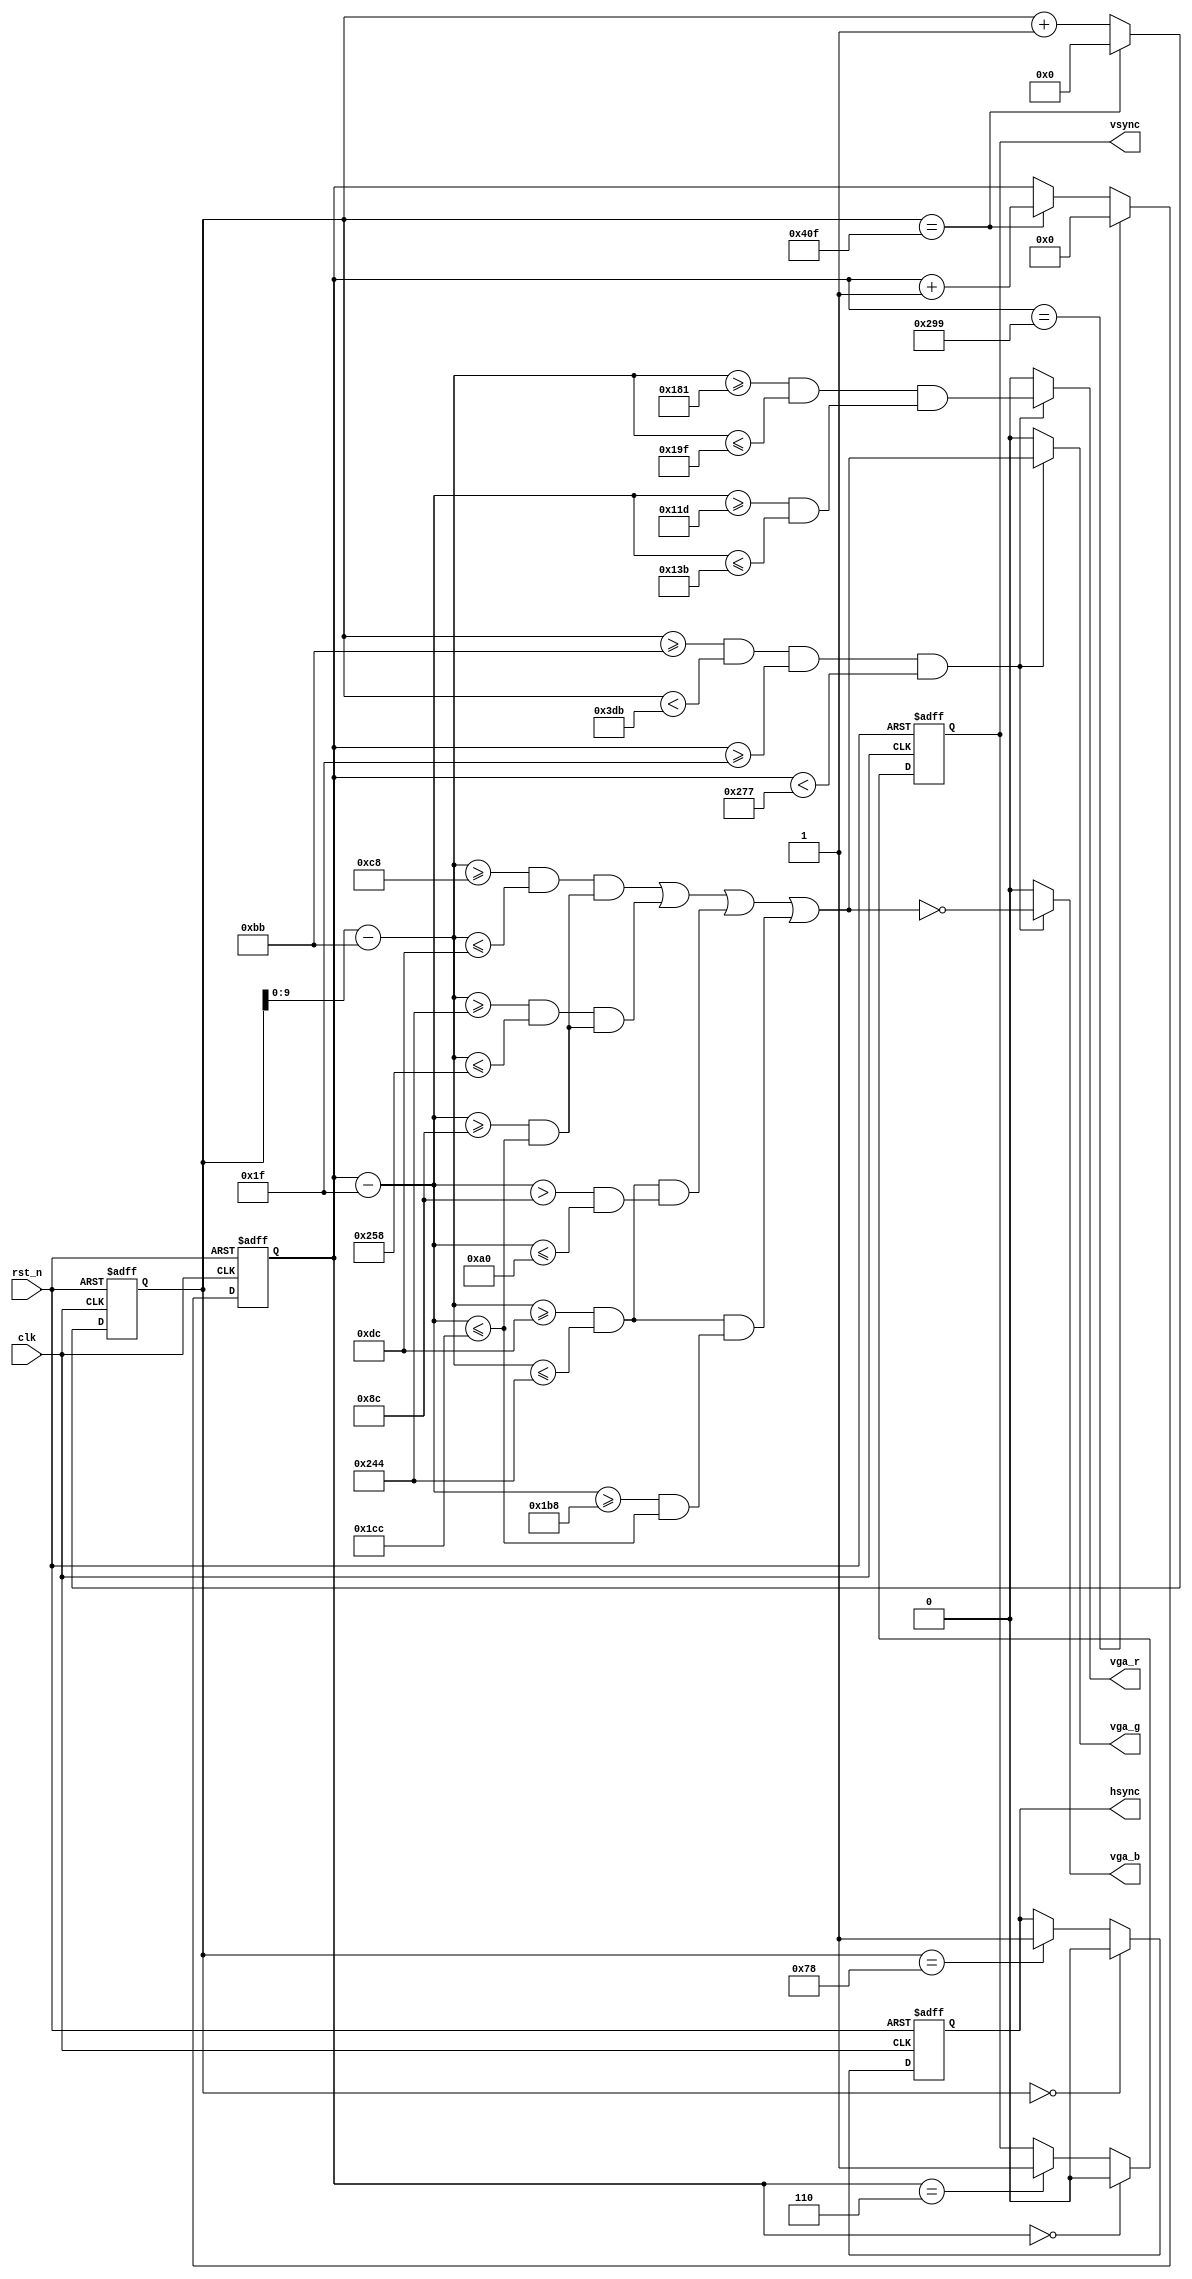
`timescale 1ns / 1ps

module VGA_Disp(
			clk,rst_n,
			hsync,vsync,
			vga_r,vga_g,vga_b
		);

input clk;		//50MHz
input rst_n;	//
output hsync;	//
output vsync;	//
output vga_r;
output vga_g;
output vga_b;

//--------------------------------------------------
reg[10:0] x_cnt;	//
reg[9:0] y_cnt;	//

always @ (posedge clk or negedge rst_n)
	if(!rst_n) x_cnt <= 11'd0;
	else if(x_cnt == 11'd1039) x_cnt <= 11'd0;
	else x_cnt <= x_cnt+1'b1;

always @ (posedge clk or negedge rst_n)
	if(!rst_n) y_cnt <= 10'd0;
	else if(y_cnt == 10'd665) y_cnt <= 10'd0;
	else if(x_cnt == 11'd1039) y_cnt <= y_cnt+1'b1;

//--------------------------------------------------
wire valid;	//

assign valid = (x_cnt >= 11'd187) && (x_cnt < 11'd987) 
					&& (y_cnt >= 10'd31) && (y_cnt < 10'd631); 

wire[9:0] xpos,ypos;	//
assign xpos = x_cnt-11'd187;
assign ypos = y_cnt-10'd31;

//--------------------------------------------------
reg hsync_r,vsync_r;	//
always @ (posedge clk or negedge rst_n)
	if(!rst_n) hsync_r <= 1'b1;
	else if(x_cnt == 11'd0) hsync_r <= 1'b0;	//
	else if(x_cnt == 11'd120) hsync_r <= 1'b1;
 
always @ (posedge clk or negedge rst_n)
	if(!rst_n) vsync_r <= 1'b1;
	else if(y_cnt == 10'd0) vsync_r <= 1'b0;	//
	else if(y_cnt == 10'd6) vsync_r <= 1'b1;

assign hsync = hsync_r;
assign vsync = vsync_r;

//--------------------------------------------------
	
wire a_dis,b_dis,c_dis,d_dis;	//
assign a_dis = ( (xpos>=200) && (xpos<=220) ) 
				&&	( (ypos>=140) && (ypos<=460) );
				
assign b_dis = ( (xpos>=580) && (xpos<=600) )
				&& ( (ypos>=140) && (ypos<=460) );

assign c_dis = ( (xpos>=220) && (xpos<=580) ) 
				&&	( (ypos>140)  && (ypos<=160) );
				
assign d_dis = ( (xpos>=220) && (xpos<=580) )
				&& ( (ypos>=440) && (ypos<=460) );


wire e_rdy;	//

assign e_rdy = ( (xpos>=385) && (xpos<=415) )
				&&	( (ypos>=285) && (ypos<=315) );

//-------------------------------------------------- 
	
assign vga_r = valid ? e_rdy : 1'b0;
assign vga_g = valid ?  (a_dis | b_dis | c_dis | d_dis) : 1'b0;
assign vga_b = valid ? ~(a_dis | b_dis | c_dis | d_dis) : 1'b0;	  

endmodule